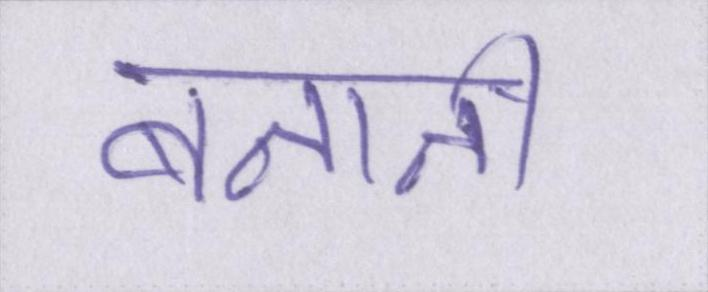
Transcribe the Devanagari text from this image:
बनानी